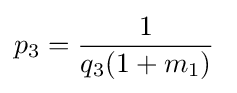
p_{3}={\frac {1}{q_{3}(1+m_{1})}}\